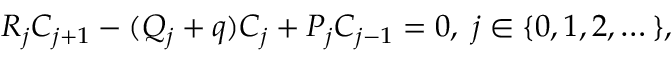
\begin{array} { r } { R _ { j } C _ { j + 1 } - ( Q _ { j } + q ) C _ { j } + P _ { j } C _ { j - 1 } = 0 , \; j \in \{ 0 , 1 , 2 , \dots \} , } \end{array}